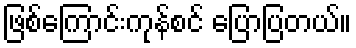
ဖြစ်ကြောင်းကုန်စင် ပြောပြတယ်။